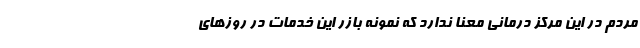
مردم در این مرکز درمانی معنا ندارد که نمونه بازر این خدمات در روزهای